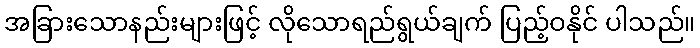
အခြားသောနည်းများဖြင့် လိုသောရည်ရွယ်ချက် ပြည့်ဝနိုင် ပါသည်။